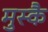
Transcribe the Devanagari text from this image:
मुस्कै